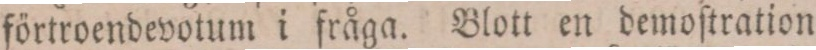
förtroendevotum i fråga. Blott en demoſtration